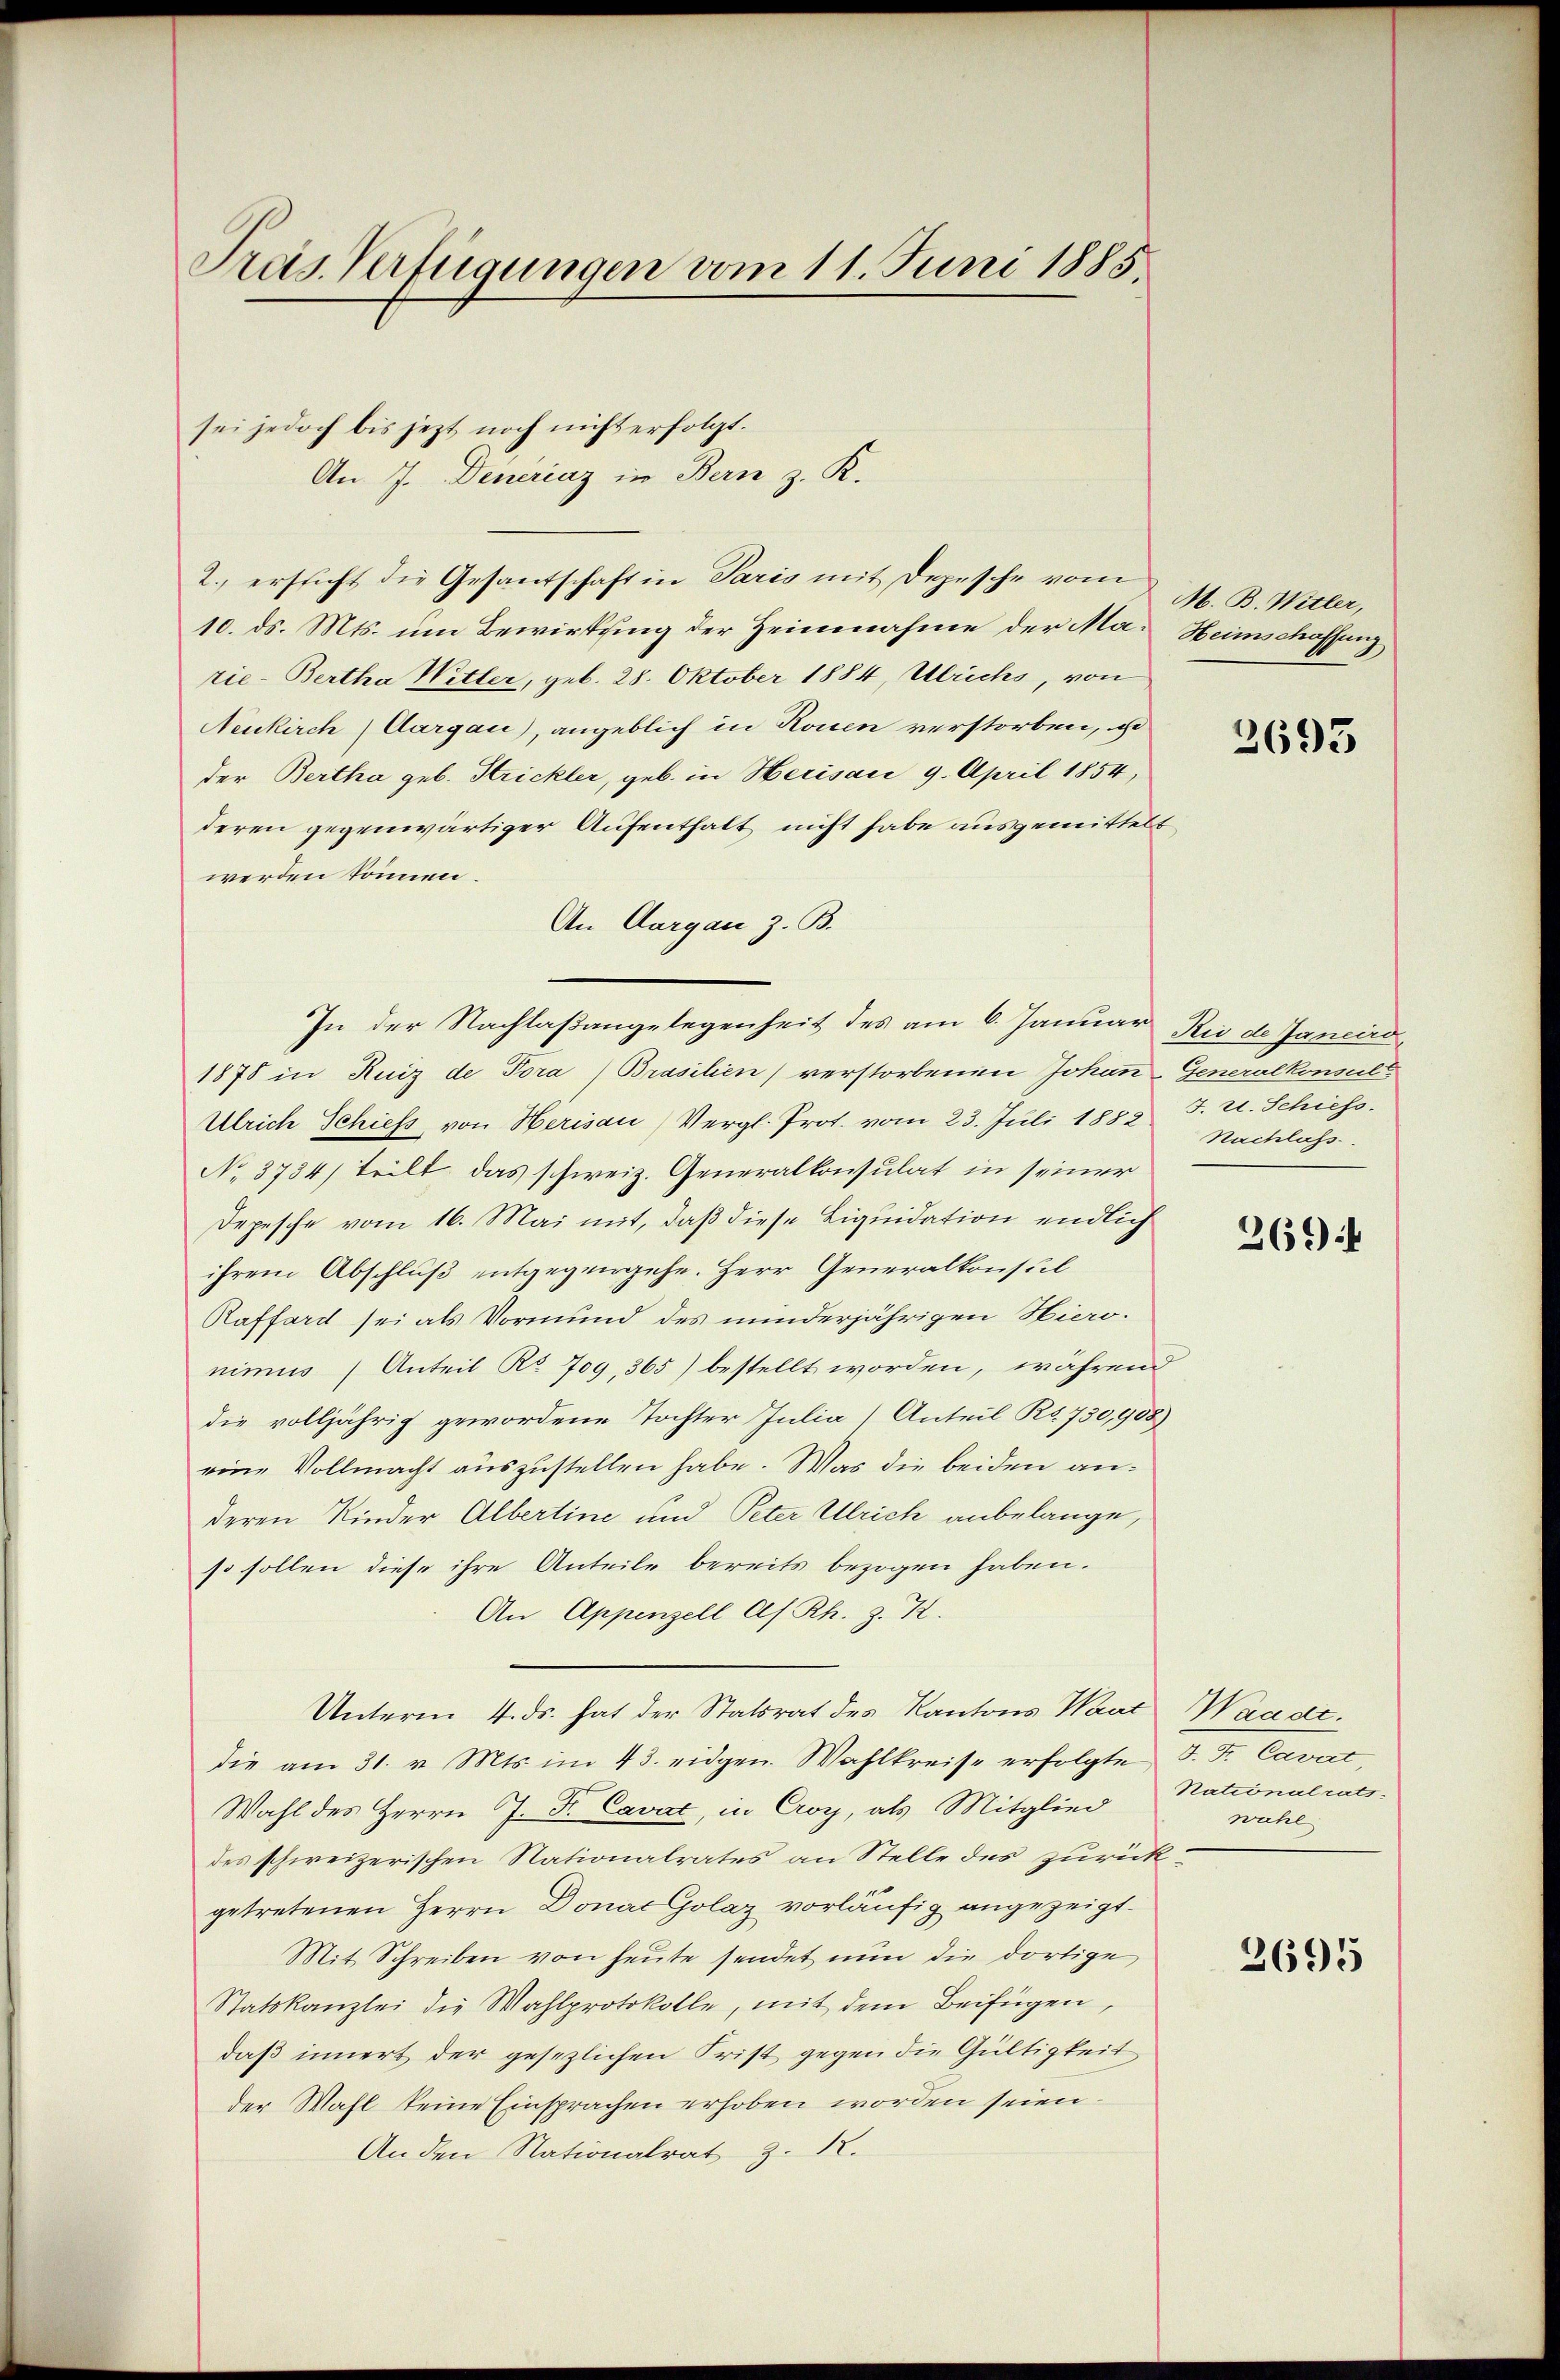
Pras. Verfügungen vom 11. Juni 1885.

sei jedoch bis jezt noch nicht erfolgt.
An 7. Deneraz in Bern z. K.
2. ersticht die Gesantschaft in Paris mit Depesche vom
10. ds. Mts. um Bewirkung der Heinnahme der Ma- Heimschaffung
rie-Bertha Witter, geb. 28. Oktober 1884, Ulrichs, von
Neukirch (Aargau), angeblich in Rouen verstorben, so
der Bertha geb. Strickler, geb. in Herisau 9. April 1854,
deren gegenwärtiger Aufenthalt nicht habe ausgemittelt
werden können.
An Aargau z. B.
In der Nachlaßangelegenheit des am 6. Januar Rio de Janeird
1878 in Ruiz de Pora (Brasilien) verstorbenen Johan-Generalkonsult
Ulrich Schiess von Herisau) Vergl. Prot. vom 23. Juli 1883 J. u. Schiess.
No 3734/ teilt, das schweiz. Generalkonsulat in seiner
Depesche vom 16. Mai mit, daß diese Liquidation endlich
ihrem Abschluß entgegengehe. Herr Generalkonsul
Raffard sei als Vormund des minderjährigen Hiero-
nimus Anteil No 709, 365) bestellt worden, während
die volljährig gewordene Tochter Julia Anteil Kt. 730,908)
eine Vollmacht auszustellen habe. Was die beiden anderen Kinder Albertine und Peter Ulrich anbelange,
so sollen diese ihre Anteile bereits bezogen haben.
An Appenzell Af. Rh. z. K.
Unterm 4. ds. hat der Statsrat des Kantons Waat Waadt.
die am 31. v. Mts. im 43. eidgen. Wahlkreise erfolgte J. J. Cavat,
Wahl des Herrn J. F. Cavat, in Croy, als Mitglied
des schweizerischen Nationalrates an Stelle des zurückgetretenen Herrn Donat Golaz vorläufig angezeigt.
Mit Schreiben von heute sendet nun die dortige
Statskanzlei die Wahlprotokolle, mit dem Beifügen,
daß innert der gesezlichen Frist gegen die Gültigkeit
der Wahl keine Einsprachen erhoben worden seien.
Anden Nationalrat Z. 12.

M. B. Witter,

2693

Nachlass

2694

Nationalrats.
wahl

2695